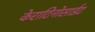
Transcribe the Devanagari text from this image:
केराटिनोसाईट